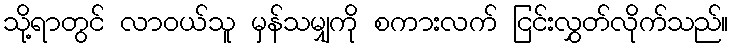
သို့ရာတွင် လာဝယ်သူ မှန်သမျှကို စကားလက် ငြင်းလွှတ်လိုက်သည်။